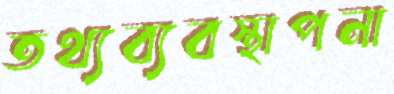
তথ্যব্যবস্থাপনা